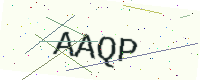
Text: AAQP